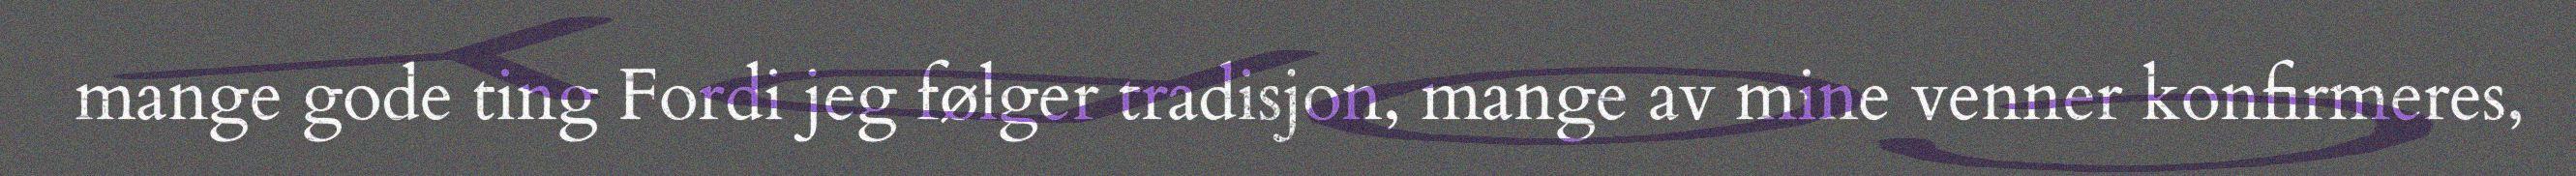
mange gode ting Fordi jeg følger tradisjon, mange av mine venner konfirmeres,